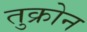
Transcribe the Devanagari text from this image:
तुक्रोन